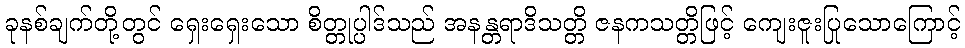
ခုနစ်ချက်တို့တွင် ရှေးရှေးသော စိတ္တုပ္ပါဒ်သည် အနန္တရာဒိသတ္တိ ဇနကသတ္တိဖြင့် ကျေးဇူးပြုသောကြောင့်